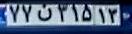
۷۷ن۳۱۵۱۳